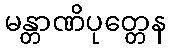
မန္တာဏိပုတ္တေန